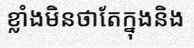
ខ្លាំងមិនថាតែក្នុងនិង